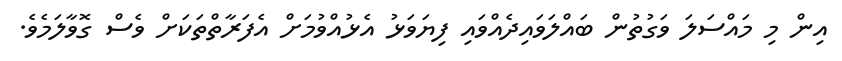
އިން މި މައްސަލަ ވަގުތުން ބައްލަވައިދެއްވައި ފިޔަވަޅު އެޅުއްވުމަށް އެފަރާތްތަކަށް ވެސް ގޮވާލަމެވެ.